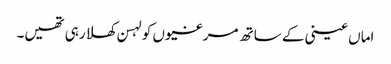
اماں عینی کے ساتھ مرغیوں کو لہسن کھلا رہی تھیں۔